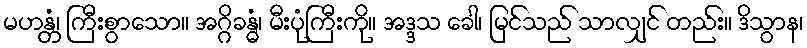
မဟန္တံ၊ ကြီးစွာသော။ အဂ္ဂိခန္ဓံ၊ မီးပုံကြီးကို။ အဒ္ဒသ ခေါ၊ မြင်သည် သာလျှင် တည်း။ ဒိသွာန၊